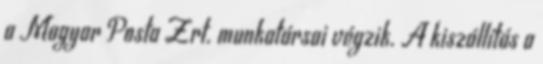
a Magyar Posta Zrt. munkatársai végzik. A kiszállítás a